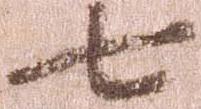
七